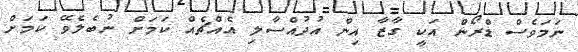
ނަމަވެސް ޑްރޯން އަކީ ގާޒާ އިން އުދުއްސާލި އެއްޗެއް ކަމަށް ނުބެލެވޭ ކަމަށް